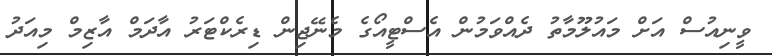
ވީނިއުސް އަށް މައުލޫމާތު ދެއްވަމުން އެސްޓީއޯގެ މެނޭޖިން ޑިރެކްޓަރު އާދަމް އާޒިމް މިއަދު